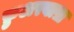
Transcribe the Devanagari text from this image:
फ़ुअरबाख़